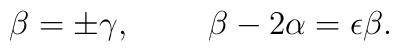
\beta = \pm \gamma, ~~~~~~~ \beta -2\alpha = \epsilon \beta.